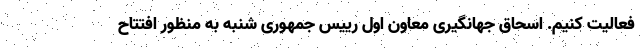
فعالیت کنیم. اسحاق جهانگیری معاون اول رییس جمهوری شنبه به منظور افتتاح